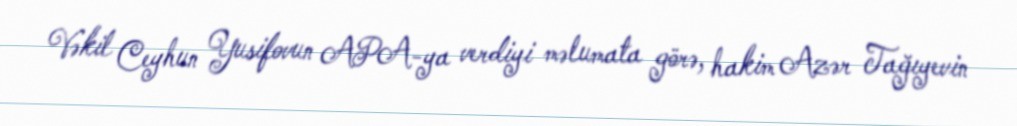
Vəkil Ceyhun Yusifovun APA-ya verdiyi məlumata görə, hakim Azər Tağıyevin